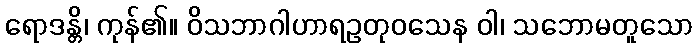
ရောဒန္တိ၊ ကုန်၏။ ဝိသဘာဂါဟာရဥတုဝသေန ဝါ၊ သဘောမတူသော